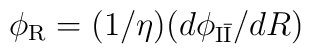
\phi_{\rm R} = (1/\eta)(d\phi_{\rm I\bar I}/dR)